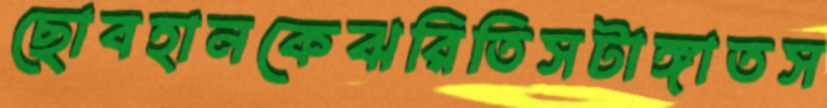
ছোবহানকেঝরিতিসটাঙ্গাতস